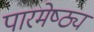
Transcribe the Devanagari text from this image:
पारमेष्ठ्यं